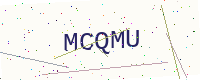
Text: MCQMU